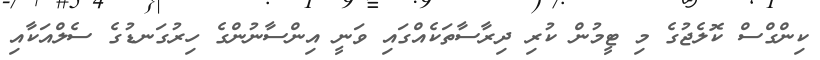
ކިންގްސް ކޮލެޖުގެ މި ޓީމުން ކުރި ދިރާސާތަކެއްގައި ވަނީ އިންސާނުންގެ ހިރުގަނޑުގެ ސެލްއަކާއި